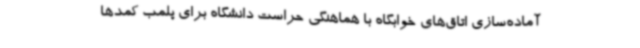
آماده‌سازی اتاق‌های خوابگاه با هماهنگی حراست دانشگاه برای پلمب کمدها